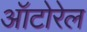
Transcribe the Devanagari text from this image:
ऑटोरेल